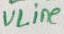
Text: VLine